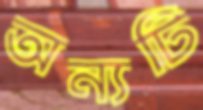
অন্যটি